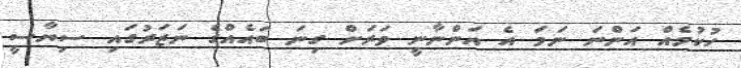
ހުކުމެއް އަންނަ ނަމަ އެ އަންނާނީ ވަރަށް ގިނަ ބައެއްގެ ނަޒަރުގައި ސިޔާސީ